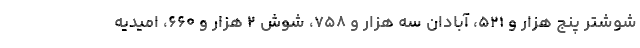
شوشتر پنج هزار و ۵۲۱، آبادان سه هزار و ۷۵۸، شوش ۲ هزار و ۶۶۰، امیدیه